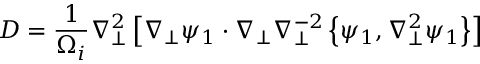
D = \frac { 1 } { \Omega _ { i } } \nabla _ { \perp } ^ { 2 } \left[ \nabla _ { \perp } \psi _ { 1 } \cdot \nabla _ { \perp } \nabla _ { \perp } ^ { - 2 } \left\{ \psi _ { 1 } , \nabla _ { \perp } ^ { 2 } \psi _ { 1 } \right\} \right]